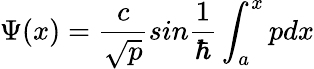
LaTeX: \Psi(x)=\frac{c}{\sqrt{p}}sin\frac{1}{\hbar}\int_{a}^{x}pdx